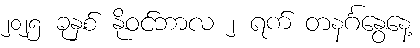
၂၀၂၅ ခုနှစ် နိုဝင်ဘာလ ၂ ရက် တနင်္ဂနွေနေ့